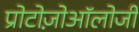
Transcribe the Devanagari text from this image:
प्रोटोज़ोऑलोजी